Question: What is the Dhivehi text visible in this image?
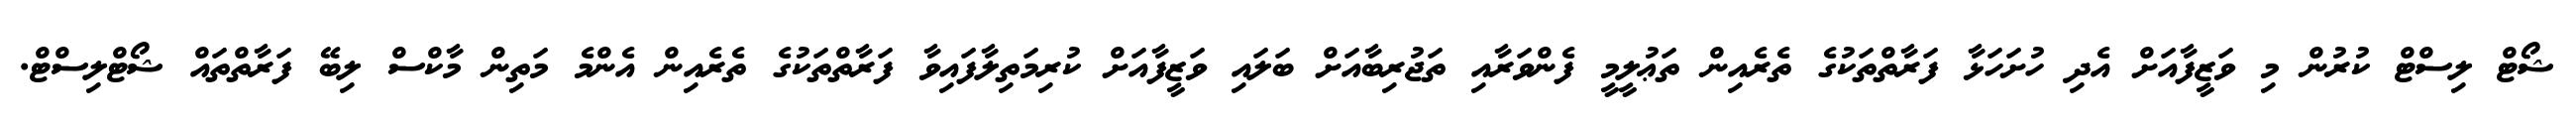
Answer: ޝޯޓް ލިސްޓް ކުރުން މި ވަޒީފާއަށް އެދި ހުށަހަޅާ ފަރާތްތަކުގެ ތެރެއިން ތަޢުލީމީ ފެންވަރާއި ތަޖުރިބާއަށް ބަލައި ވަޒީފާއަށް ކުރިމަތިލާފައިވާ ފަރާތްތަކުގެ ތެރެއިން އެންމެ މަތިން މާކްސް ލިބޭ ފަރާތްތައް ޝޯޓްލިސްޓް.